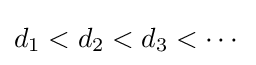
d_{1}<d_{2}<d_{3}<\cdots